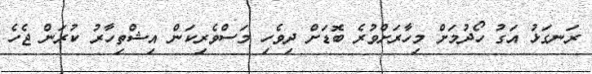
ރަނގަޅު އަގު ހޯދުމަށް މިހާރަށްވުރެ ބޮޑަށް ދިވެހި މަސްވެރިކަން އިޝްތިހާރު ކުރަން ޖެހެ